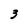
Character: 3